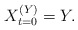
\begin{align*}X_{t=0}^{(Y)}=Y.\end{align*}